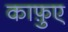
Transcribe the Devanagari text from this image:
काफ़ुए